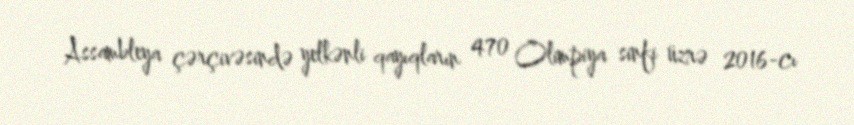
Assambleya çərçivəsində yelkənli qayıqların 470 Olimpiya sinfi üzrə 2016-cı